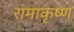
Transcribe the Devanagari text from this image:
रामाकृष्ण